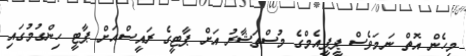
މިހެން އޮތް ނަމަވެސް ޕީޕީއެމްގެ މުސްތަޝާރު އަށް ޕާޓީގެ ރައީސްއަށް ޕާޓީ ހިންގުމުގައި